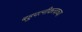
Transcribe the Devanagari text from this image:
बहुपत्नीकत्वाच्या